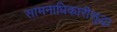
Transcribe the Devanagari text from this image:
सामनाधिकारीसुद्धा